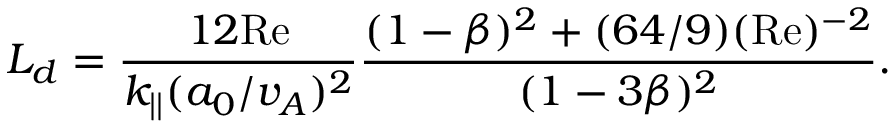
L _ { d } = \frac { 1 2 \mathrm { R e } } { k _ { | | } ( a _ { 0 } / v _ { A } ) ^ { 2 } } \frac { ( 1 - \beta ) ^ { 2 } + ( 6 4 / 9 ) ( \mathrm { R e } ) ^ { - 2 } } { ( 1 - 3 \beta ) ^ { 2 } } .